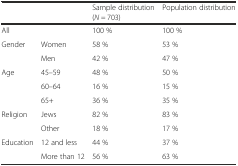
|  |  | Sample distribution (N = 703) | Population distribution |
 | --- | --- | --- | --- |
 | All |  | 100 % | 100 % |
 | Gender | Women | 58 % | 53 % |
 |  | Men | 42 % | 47 % |
 | Age | 45–59 | 48 % | 50 % |
 |  | 60–64 | 16 % | 15 % |
 |  | 65+ | 36 % | 35 % |
 | Religion | Jews | 82 % | 83 % |
 |  | Other | 18 % | 17 % |
 | Education | 12 and less | 44 % | 37 % |
 |  | More than 12 | 56 % | 63 % |